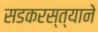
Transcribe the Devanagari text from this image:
सडकरस्त्याने